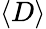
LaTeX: \langle D\rangle